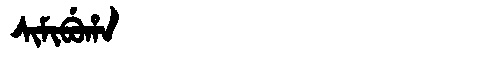
Manchu: ᠰᡳᠮᡳᠪᡠᡥᠠ
Romanization: SIMIBUHA